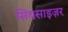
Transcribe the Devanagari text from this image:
सिंथसाइज़र